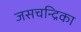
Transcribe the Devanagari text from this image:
जसचन्द्रिका